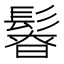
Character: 𩭻